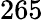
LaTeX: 265